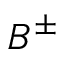
B ^ { \pm }